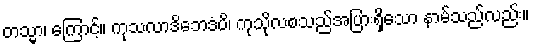
တသ္မာ၊ ကြောင့်။ ကုသလာဒိဘေဒံပိ၊ ကုသိုလစသည်အပြားရှိသော နာမ်သည်လည်း။